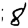
Digit: 8